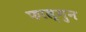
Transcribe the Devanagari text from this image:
फाल्‍गुन